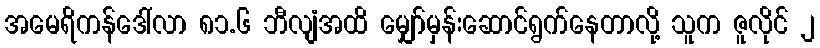
အမေရိကန်ဒေါ်လာ ၈၁.၆ ဘီလျံအထိ မျှော်မှန်းဆောင်ရွက်နေတာလို့ သူက ဇူလိုင် ၂